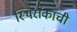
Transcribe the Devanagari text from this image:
स्थिरांकांची